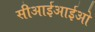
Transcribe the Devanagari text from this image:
सीआईआईओ